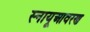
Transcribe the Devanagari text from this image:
स्नायूआवरण